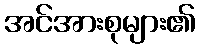
အင်အားစုများ၏